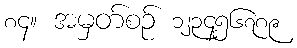
၈၄။ အမှတ်စဉ် ၁၂၃၄၅၆၇၈၉